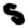
Digit: 5